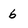
Character: 6